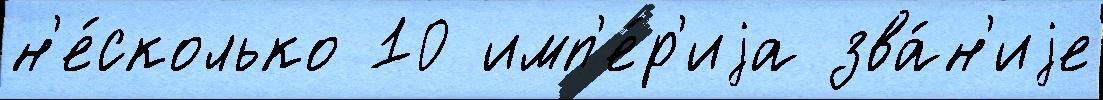
н'е́сколько 10 имп'е́р'иjа зва́н'иjе